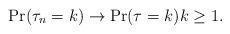
LaTeX: \begin{align*}\Pr(\tau_n=k)\to \Pr(\tau=k)k\ge1.\end{align*}